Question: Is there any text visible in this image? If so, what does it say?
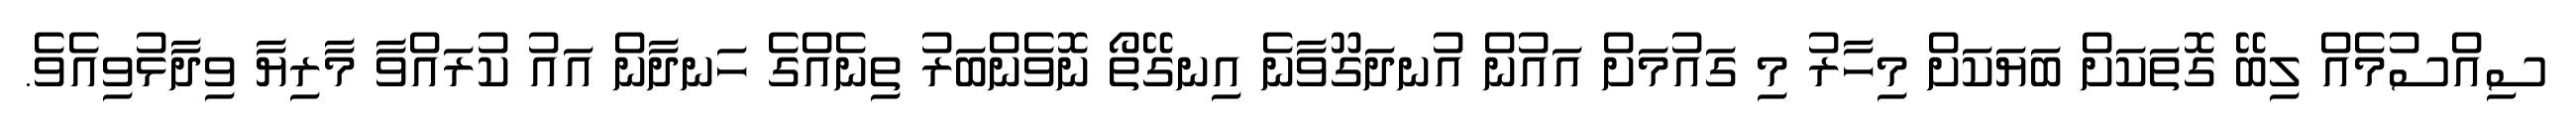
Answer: ސިއްސުމެއް ލިބޭ ގޮތަކަށް ބަޔަކަށް މިހާރު މި ގައުމަށް އައުން އުނދަގޫވާނެ އިނގޭތޯ ނޮވެންބަރު ތިނެއްގެ ހަނދާން އައު ކުރައްވާ މާރިޔާ ވިދާޅުވިއެވެ.